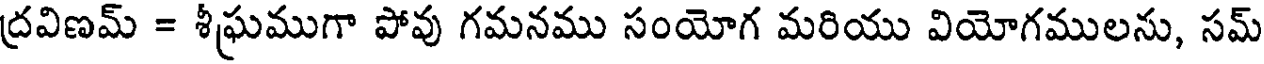
ద్రవిణమ్ = శీఘ్రముగా పోవు గమనము సంయోగ మరియు వియోగములను, సమ్